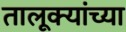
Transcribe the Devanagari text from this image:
तालूक्यांच्या